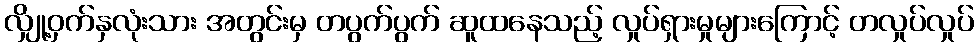
လျှို့ဝှက်နှလုံးသား အတွင်းမှ တပွက်ပွက် ဆူထနေသည့် လှုပ်ရှားမှုများကြောင့် တလှုပ်လှုပ်